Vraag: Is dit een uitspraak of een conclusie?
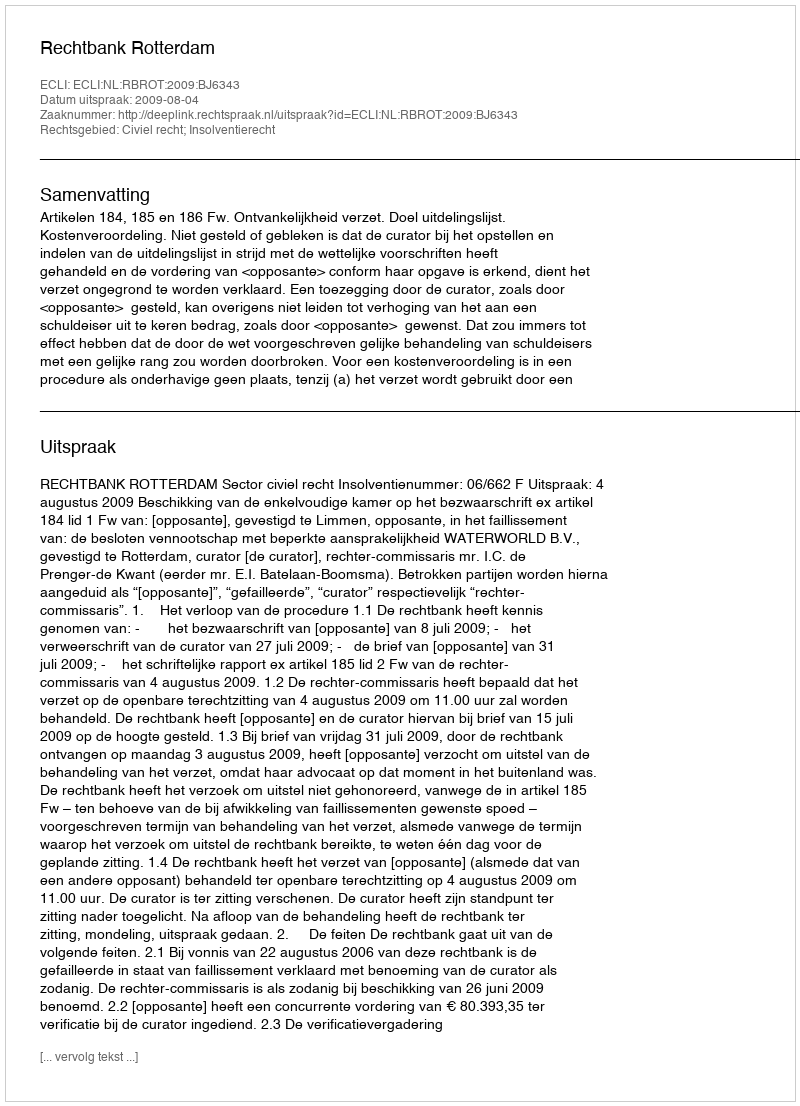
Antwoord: Uitspraak